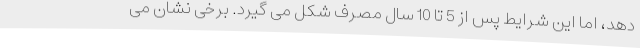
دهد، اما این شرایط پس از 5 تا 10 سال مصرف شکل می گیرد. برخی نشان می